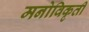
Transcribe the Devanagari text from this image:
मनोविकृती